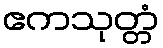
ဧကသုတ္တံ